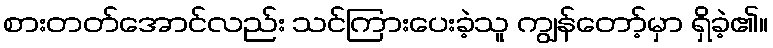
စားတတ်အောင်လည်း သင်ကြားပေးခဲ့သူ ကျွန်တော့်မှာ ရှိခဲ့၏။